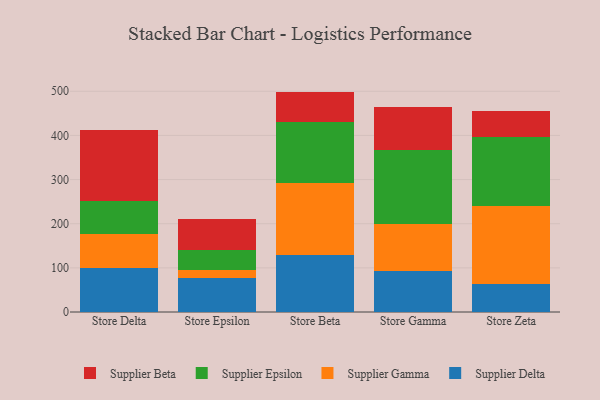
{"axis": {"x": "Store", "y": "Conversion Rate (%)"}, "legend": ["Supplier Beta", "Supplier Delta", "Supplier Epsilon", "Supplier Gamma"], "data": [{"x": "Store Delta", "y": 100.2, "type": "Supplier Delta"}, {"x": "Store Delta", "y": 75.4, "type": "Supplier Gamma"}, {"x": "Store Delta", "y": 75.5, "type": "Supplier Epsilon"}, {"x": "Store Delta", "y": 160.2, "type": "Supplier Beta"}, {"x": "Store Epsilon", "y": 77.0, "type": "Supplier Delta"}, {"x": "Store Epsilon", "y": 18.4, "type": "Supplier Gamma"}, {"x": "Store Epsilon", "y": 45.0, "type": "Supplier Epsilon"}, {"x": "Store Epsilon", "y": 71.0, "type": "Supplier Beta"}, {"x": "Store Beta", "y": 129.9, "type": "Supplier Delta"}, {"x": "Store Beta", "y": 162.8, "type": "Supplier Gamma"}, {"x": "Store Beta", "y": 138.7, "type": "Supplier Epsilon"}, {"x": "Store Beta", "y": 67.8, "type": "Supplier Beta"}, {"x": "Store Gamma", "y": 93.0, "type": "Supplier Delta"}, {"x": "Store Gamma", "y": 106.3, "type": "Supplier Gamma"}, {"x": "Store Gamma", "y": 166.7, "type": "Supplier Epsilon"}, {"x": "Store Gamma", "y": 98.0, "type": "Supplier Beta"}, {"x": "Store Zeta", "y": 63.9, "type": "Supplier Delta"}, {"x": "Store Zeta", "y": 176.0, "type": "Supplier Gamma"}, {"x": "Store Zeta", "y": 156.9, "type": "Supplier Epsilon"}, {"x": "Store Zeta", "y": 58.0, "type": "Supplier Beta"}]}